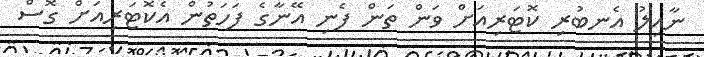
ނާއިލު އެނބުރި ކޮޓަރިއަށް ވަން ތަން ފެނި އޭނާގެ ފަހަތުން އެކޮޓަރިއަށް ގޮސް